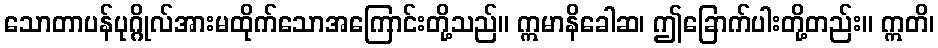
သောတာပန်ပုဂ္ဂိုလ်အားမထိုက်သောအကြောင်းတို့သည်။ ဣမာနိခေါဆ၊ ဤခြောက်ပါးတို့တည်း။ ဣတိ၊